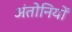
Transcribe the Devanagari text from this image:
अंतोनियों